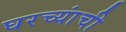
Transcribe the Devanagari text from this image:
घरच्यांची